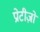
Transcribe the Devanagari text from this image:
प्रोटीज़ों